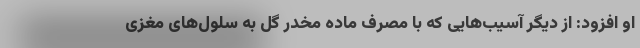
او افزود: از دیگر آسیب‌هایی که با مصرف ماده مخدر گل به سلول‌های مغزی